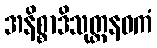
အနိစ္စာဒိသုတ္တနဝကံ